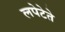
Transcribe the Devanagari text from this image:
लपेटेते